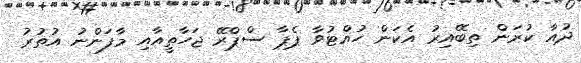
ދުއާ ކުރަން ތިބޭއިރު އެކަން ހުއްޓުވާ ޕެޕާ ސްޕްރޭ ޖަހާތީއާއި މާފަންނު އުތުރު